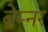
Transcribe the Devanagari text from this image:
ब्रेम्नर